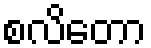
စလိတော